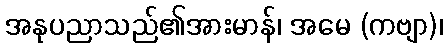
အနုပညာသည်၏အားမာန်၊ အမေ (ကဗျာ)၊